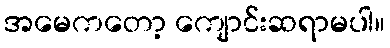
အမေကတော့ ကျောင်းဆရာမပါ။